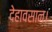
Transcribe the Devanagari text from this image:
देहावसान।